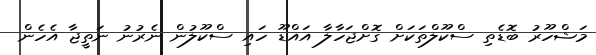
މަޝްހޫރު ބޮޑެތި ސްކޫލްތަކަށް ގޮށްޖަހާލާ އައްޑޫ ހައި ސްކޫލުން ނެރުނު ނަތީޖާ އެހެން